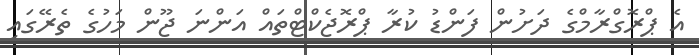
އެ ޕްރޮގްރާމްގެ ދަށުން ފަންޑު ކުރާ ޕްރޮޖެކްޓްތައް އަންނަ ޖޫން މަހުގެ ތެރޭގައި